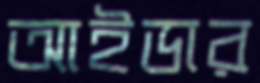
আইডার